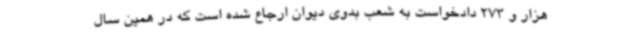
هزار و 273 دادخواست به شعب بدوی دیوان ارجاع شده است که در همین سال